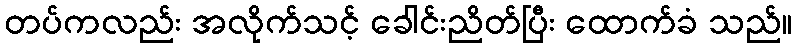
တပ်ကလည်း အလိုက်သင့် ခေါင်းညိတ်ပြီး ထောက်ခံ သည်။